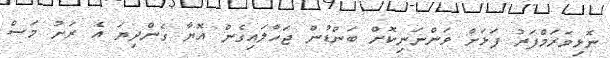
ނޮޅިވަރަމްފަރު ފަޅަށް ވަންނަނިކޮށް ބަންޑުން ޖަހާލައިގެން އޮޔާ ގެންދިޔަ އެ ރަށު މަސް